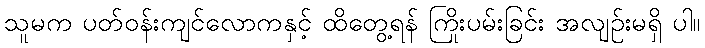
သူမက ပတ်ဝန်းကျင်လောကနှင့် ထိတွေ့ရန် ကြိုးပမ်းခြင်း အလျဉ်းမရှိ ပါ။